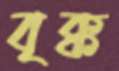
বৃক্ক